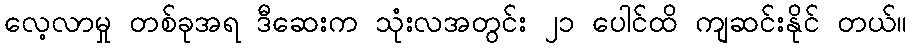
လေ့လာမှု တစ်ခုအရ ဒီဆေးက သုံးလအတွင်း ၂၁ ပေါင်ထိ ကျဆင်းနိုင် တယ်။